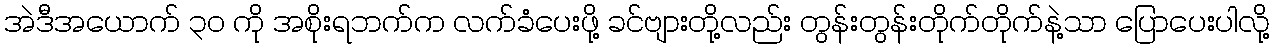
အဲဒီအယောက် ၃၀ ကို အစိုးရဘက်က လက်ခံပေးဖို့ ခင်ဗျားတို့လည်း တွန်းတွန်းတိုက်တိုက်နဲ့သာ ပြောပေးပါလို့